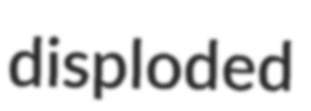
disploded